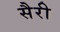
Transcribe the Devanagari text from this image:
सैरी